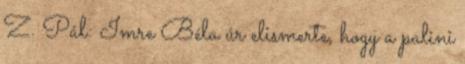
Z. Pál: Imre Béla úr elismerte, hogy a palini